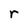
Character: r